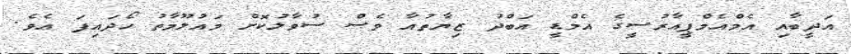
އަދީބާއި އެމްއެމްޕީއާރުސީގެ އެމްޑީ އަބްދު ޒިޔާތުއާ ވެސް ސުވާލުކޮށް މައުލޫމާތު ހޯދައިފަ އެވެ.